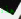
هذه